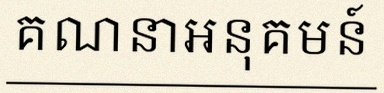
គណនាអនុគមន៍